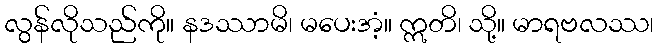
လွန်လိုသည်ကို။ နဒဿာမိ၊ မပေးအံ့။ ဣတိ၊ သို့။ မာရဗလဿ၊